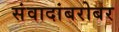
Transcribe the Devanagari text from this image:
संवादांबरोबर